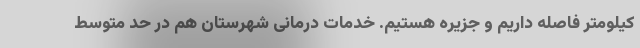
کیلومتر فاصله داریم و جزیره هستیم. خدمات درمانی شهرستان هم در حد متوسط